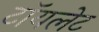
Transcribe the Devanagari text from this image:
टाॅयलेट